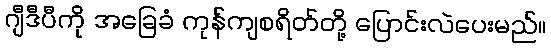
ဂျီဒီပီကို အခြေခံ ကုန်ကျစရိတ်တို့ ပြောင်းလဲပေးမည်။